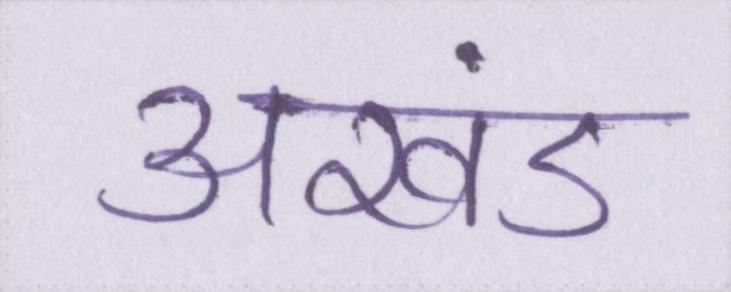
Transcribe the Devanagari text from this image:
अखंड